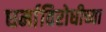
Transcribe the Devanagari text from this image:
धर्माविरोधीच्या